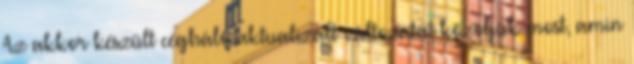
Az akkor készült cégháló aktualizált változatát közöljük most, amin